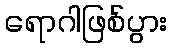
ရောဂါဖြစ်ပွား